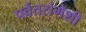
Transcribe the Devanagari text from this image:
पर्वतरांगेशी